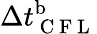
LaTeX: {\Delta t_{\mathrm{~C~F~L~}}^{\mathrm{b}}}